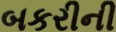
બકરીની